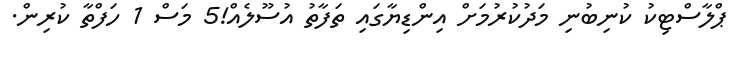
ޕްލާސްޓިކު ކުނިބުނި މަދުކުރުމަށް އިންޑިޔާގައި ތަފާތު އުސޫލެއް!5 މަސް 1 ހަފްތާ ކުރިން.